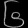
Digit: ၆